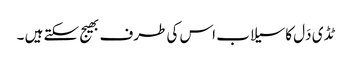
ٹڈ ی دَل کاسیلاب اس کی طرف بھیج سکتے ہیں ۔